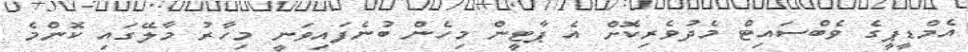
އެމްޑީޕީގެ ވެބްސައިޓް މެދުވެރިކޮށް އެ ޕާޓީން މިހެން ބުނެފައިވަނީ މިހާރު މާލޭގައި ކޮންމެ